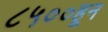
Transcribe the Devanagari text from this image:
८५००हून